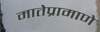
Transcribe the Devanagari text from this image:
मातेप्रामाणे